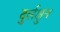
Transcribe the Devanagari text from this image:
दुर्लक्षुन